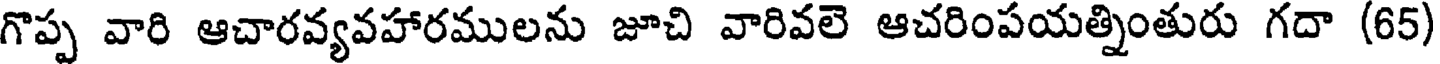
గొప్ప వారి ఆచారవ్యవహారములను జూచి వారివలె ఆచరింపయత్నింతురు గదా (65)